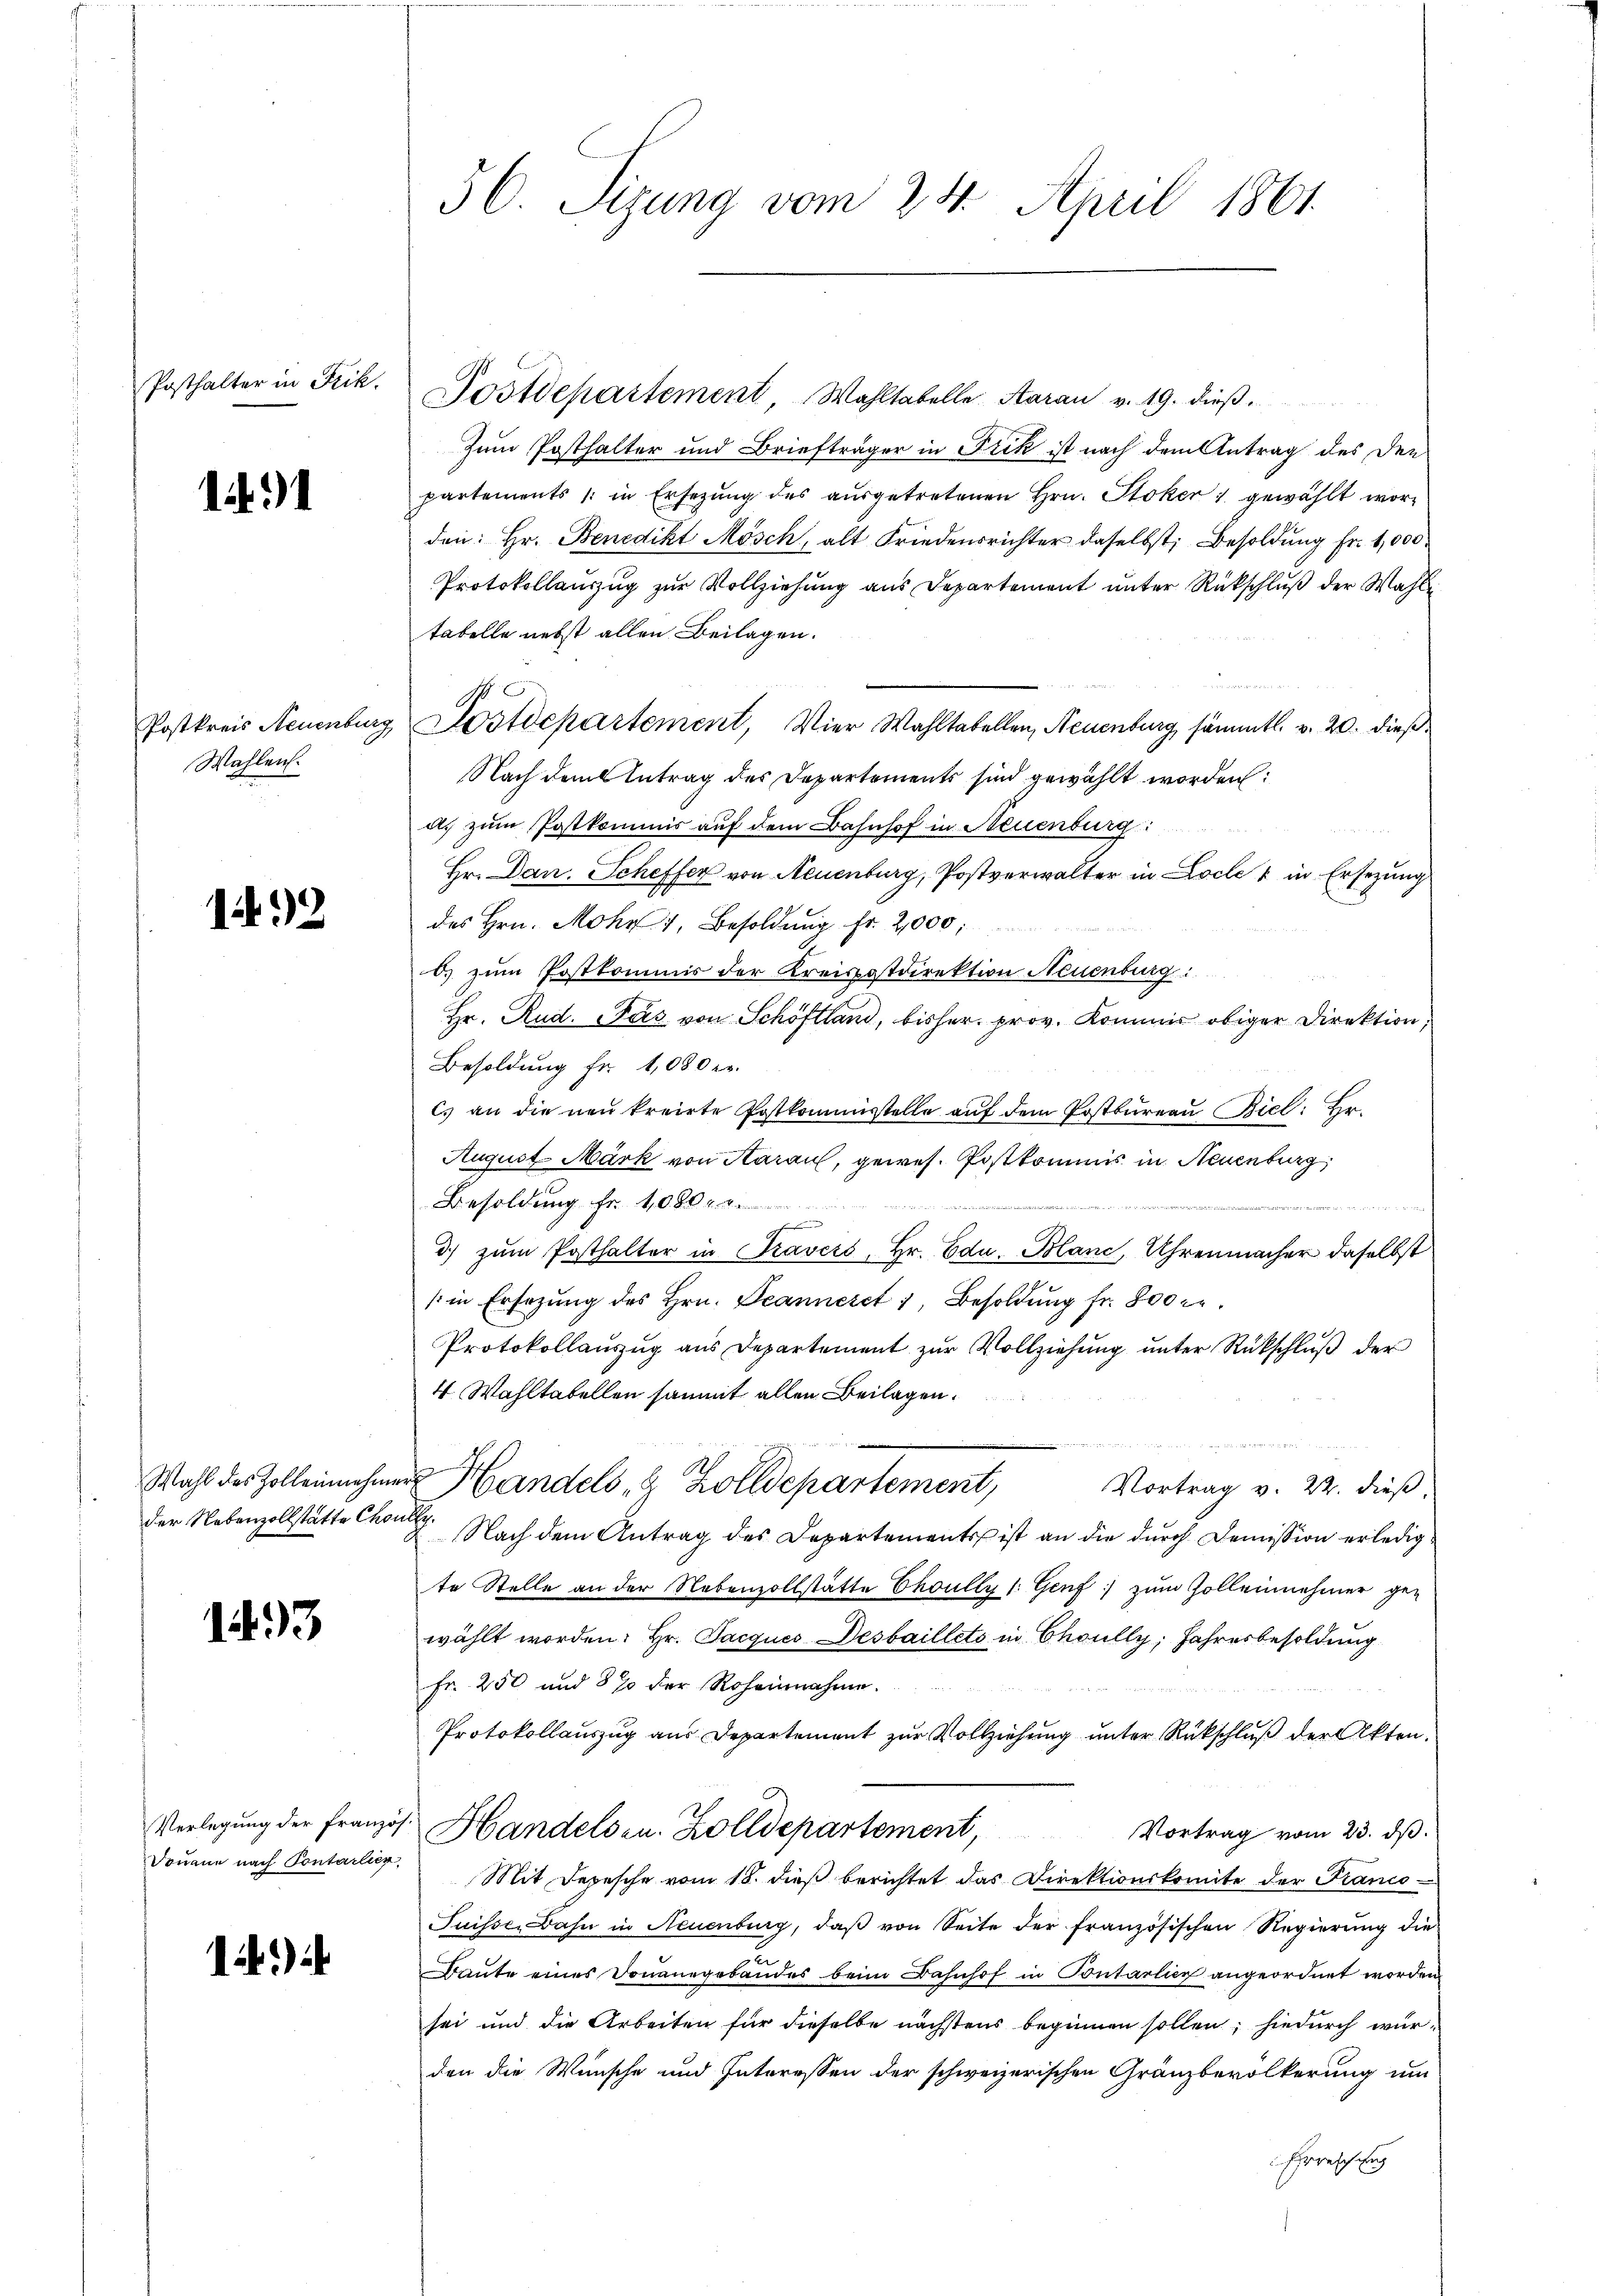
Posthalter in Frik.

144

Postkreis Neuenburg
Wahlen.

142

1493

12)

56. Sizung vom 24. April 1861

Postdepartement, Wahltabelle Aarau v. 19. dieß.
Zum Posthalter und Briefträger in Fick ist nach dem Antrag des den
partements 1 in Ersezŭng des aŭsgetretenen Hrn. Stoker) gewählt worden: hr. Benedikt Mösch, alt Friedensrichter daselbst, Besoldŭng fr. 1,000
Protokollauszug zur Vollziehung aus Departement unter Rückschluß der Wahl
tabelle nebst allen Beilagen.
u Postdepartement, Vier Wahltabellen, Neuenburg sämmtl. v. 20. dieß
Nach dem Antrag des Departements sind gewählt worden:
a. zŭm Postkommis auf dem Bahnhof in Neuenburg:
Hr. Dan. Scheffer von Neuenburg, Postverwalter in Locle 1 in Ersezung
des Hrn. Mohr 4, Besoldung fr. 2,000,
b) zum Postkommis der Kreisostdirektion Neuenburg i.

Hr. Rud. Cars von Schöftland, bisher prov. Kommis obiger Direktion,
Besoldung Fr. 1,080 kr.
cs an die neu kreirte Postkommisstelle aŭf dem Postbureau Biel: Be¬
August Mark von Aarau, gewes. Postkommis in Neuenburg,
Besoldung fr. 1000 f
. 1. Marie
d) zŭm Posthalter in Travers, Hr. Edu. Blanc, Uhrenmacher daselbst
(in Ersezung des Hrn. Jeanneret 1, Besoldung fr. 800 r.
Protokollauszug aus Departement zur Vollziehung unter Rückschluß der
4 Wahltabellen sammt allen Beilagen.
Wahl des Zolleinnahmen Handels- & Zolldepartement,
Vortrag v. 22. dieß,
der Nebenzollstätte Chon. Nach dem Antrag des Departements ist an die durch Demission erledigte Stelle an der Nebenzollstätte Choully (: Genf zum Zollennehmer gewählt worden: Hr. Jacques Desbaillets in Choully, Jahresbesoldung
Fr. 250 und 87 der Roheinnahme.
Protokollauszug aus Departement zur Vollziehung unter Rückschluß der Akten.
Verlegung der Französ. Handels zu. Zolldepartement,
Vortrag vom 23. ds.
Douane nach Contaler. Mit Depesche vom 18. dieβ berichtet das Direktionskomite der Franco-
Suisse. Dahn in Neuenburg, daβ von Seite der französischen Regierŭng die
Baute eines Donausgebäudes beim Bahnhof in Pontarlich angeordnet worden.
sei und die Arbeiten für dieselbe nächstens beginnen sollen; hiedurch würden die Wünsche und Interessen der schweizerischen Gränzbevölkerung um
Erreichung